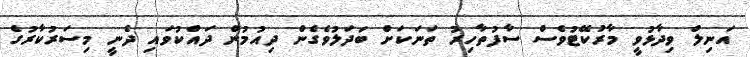
އަނިލް ވިދާޅުވީ މާރުކޭޓުވެސް ސާފުތާހިރު ތަނަކަށް ބަދަލުވެގެން ދިއުމުން ދައްކުވައި ދެނީ މިސަރުކާރުގެ